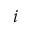
i